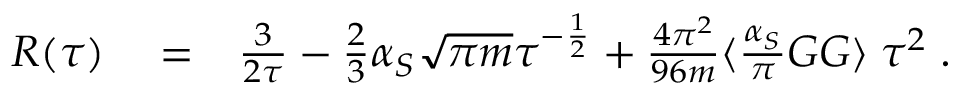
\begin{array} { r l r } { R ( \tau ) } & { { } = } & { \frac { 3 } { 2 \tau } - \frac { 2 } { 3 } \alpha _ { S } \sqrt { \pi m } \tau ^ { - \frac { 1 } { 2 } } + \frac { 4 \pi ^ { 2 } } { 9 6 m } \langle \frac { \alpha _ { S } } { \pi } G G \rangle \; \tau ^ { 2 } \; . } \end{array}